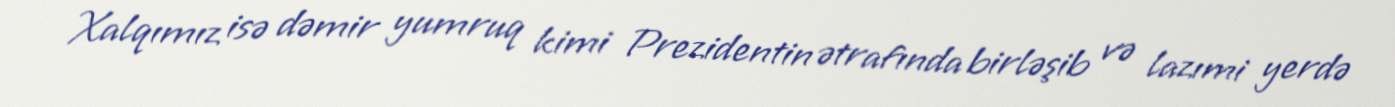
Xalqımız isə dəmir yumruq kimi Prezidentin ətrafında birləşib və lazımi yerdə